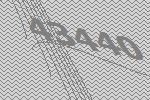
43440